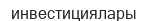
инвестициялары